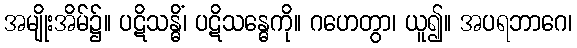
အမျိုးအိမ်၌။ ပဋိသန္ဓိံ၊ ပဋိသန္ဓေကို။ ဂဟေတွာ၊ ယူ၍။ အပရဘာဂေ၊